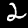
Label: 2